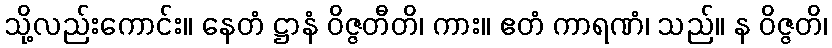
သို့လည်းကောင်း။ နေတံ ဋ္ဌာနံ ဝိဇ္ဇတီတိ၊ ကား။ ဧတံ ကာရဏံ၊ သည်။ န ဝိဇ္ဇတိ၊